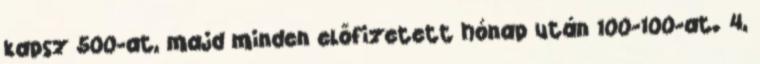
kapsz 500-at, majd minden előfizetett hónap után 100-100-at. 4,